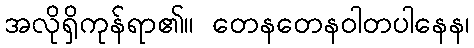
အလိုရှိကုန်ရာ၏။ တေနတေနဝါတပါနေန၊